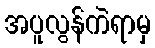
အပူလွန်ကဲရာမှ